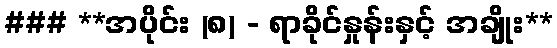
### **အပိုင်း (၈) - ရာခိုင်နှုန်းနှင့် အချိုး**